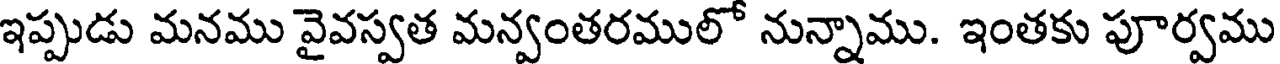
ఇప్పుడు మనము వైవస్వత మన్వంతరములో నున్నాము. ఇంతకు పూర్వము